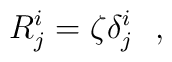
R^{i}_{j} = \zeta\delta^{i}_{j} \ \ ,